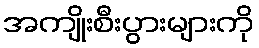
အကျိုးစီးပွားများကို